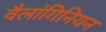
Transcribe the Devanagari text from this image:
वैलांगिनियन